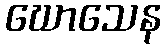
ဃောသေန